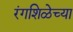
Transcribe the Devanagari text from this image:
रंगशिळेच्या